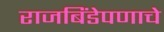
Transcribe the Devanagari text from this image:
राजबिंडेपणाचे